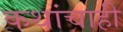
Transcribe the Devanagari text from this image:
कथांचाही